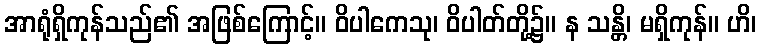
အာရုံရှိကုန်သည်၏ အဖြစ်ကြောင့်။ ဝိပါကေသု၊ ဝိပါတ်တို့၌။ န သန္တိ၊ မရှိကုန်။ ဟိ၊